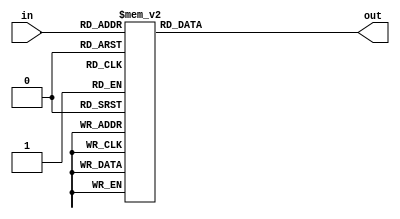
module SevenSegment (
	input [3:0]in,
	output reg[6:0]out
);

always @(*) begin : proc_7seg
	case (in) 
		0 : out = 7'b1000000;
		1 : out = 7'b1111001;
		2 : out = 7'b0100100;
		3 : out = 7'b0110000;
		4 : out = 7'b0011001;
		5 : out = 7'b0010010;
		6 : out = 7'b0000010;
		7 : out = 7'b1110000;
		8 : out = 7'b0000000;
		9 : out = 7'b0010000;
		default : out = 7'b1111111;
	endcase
end

endmodule